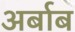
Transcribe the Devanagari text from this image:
अर्बाब